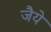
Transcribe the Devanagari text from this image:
जैये